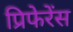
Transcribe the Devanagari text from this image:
प्रिफेरेंस